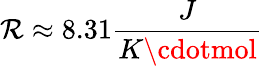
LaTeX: \mathcal{R}\approx8.31\frac{{J}}{{K\cdotmol}}